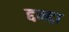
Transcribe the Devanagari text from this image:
द्दन्द्दा